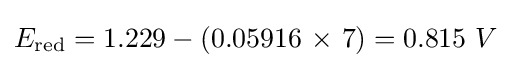
E_{\text{red}}=1.229-\left(0.05916\ {\text{×}}\ 7\right)=0.815\ V